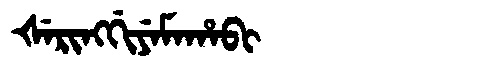
Manchu: ᡧᡝᡵᡳᠩᡤᡳᠶᡝᠮᠠᡥᠠᠪᡳ
Romanization: ŠERINGGIYEMAHABI